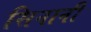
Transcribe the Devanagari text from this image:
सिनानीं